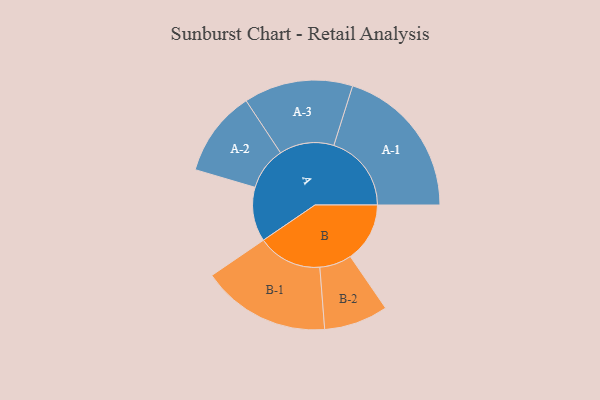
{"axis": {"x": "Segment", "y": "Value"}, "legend": ["", "A", "B"], "data": [{"x": "A", "y": 210, "type": ""}, {"x": "B", "y": 230, "type": ""}, {"x": "A-1", "y": 300, "type": "A"}, {"x": "A-2", "y": 166, "type": "A"}, {"x": "A-3", "y": 211, "type": "A"}, {"x": "B-1", "y": 249, "type": "B"}, {"x": "B-2", "y": 124, "type": "B"}]}